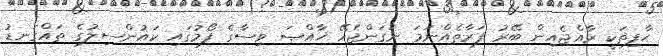
ޙާފިޡަކީ ރާއްޖެއިން ބޭރު ފަރާތެއްނަމަ ނަގަންޖެހޭ ޚާއްޞަ ވިސާގެ ފޯމުގައި ކައުންސިލުގެ ތައްގަނޑު